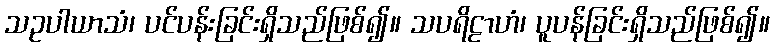
သဥပါယာသံ၊ ပင်ပန်းခြင်းရှိသည်ဖြစ်၍။ သပရိဠာဟံ၊ ပူပန်ခြင်းရှိသည်ဖြစ်၍။